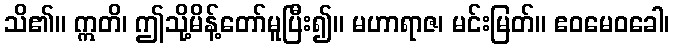
သိ၏။ ဣတိ၊ ဤသို့မိန့်တော်မူပြီး၍။ မဟာရာဇ၊ မင်းမြတ်။ ဧဝမေဝခေါ၊